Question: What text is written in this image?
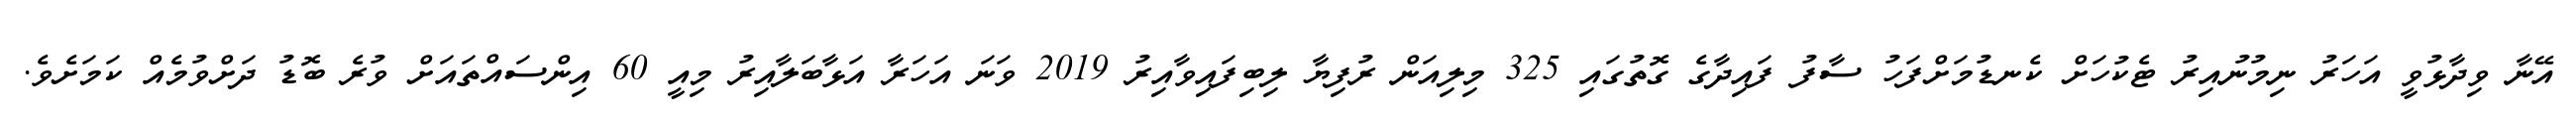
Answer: އޭނާ ވިދާޅުވީ އަހަރު ނިމުނުއިރު ޓެކުހަށް ކެނޑުމަށްފަހު ސާފު ފައިދާގެ ގޮތުގައި 325 މިލިއަން ރުފިޔާ ލިބިފައިވާއިރު 2019 ވަނަ އަހަރާ އަޅާބަލާއިރު މިއީ 60 އިންސައްތައަށް ވުރެ ބޮޑު ދަށްވުމެއް ކަމަށެވެ.